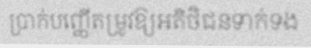
ប្រាក់បញ្ញើតម្រូវឱ្យអតិថិជនទាក់ទង